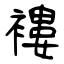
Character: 褸